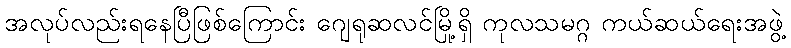
အလုပ်လည်းရနေပြီဖြစ်ကြောင်း ဂျေရုဆလင်မြို့ရှိ ကုလသမဂ္ဂ ကယ်ဆယ်ရေးအဖွဲ့